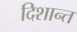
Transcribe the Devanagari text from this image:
दिशान्त